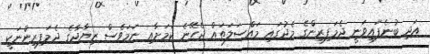
އަދި ބުނެފައިވަނީ ދެމަފިރިންގެ މެދުގައި މައްސަލަތައް ޖެހޭނެ ކަމަށާއި ނަމަވެސް ޒިޔާދާގެ ދެމަފިރިންނަކީ